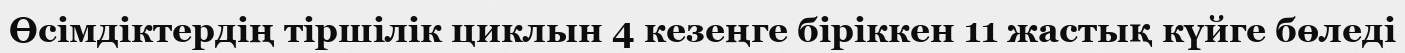
Өсімдіктердің тіршілік циклын 4 кезеңге біріккен 11 жастық күйге бөледі